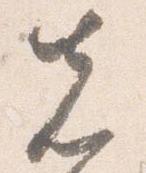
先